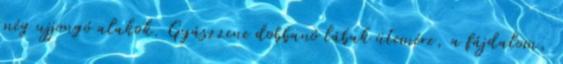
még ujjongó alakok. Gyászzene dobbanó lábak ütemére, a fájdalom,